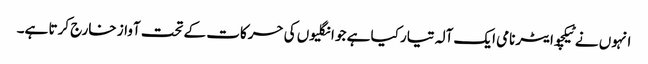
انہوں نے ٹیکچوایٹر نامی ایک آلہ تیار کیا ہے جو انگلیوں کی حرکات کے تحت آواز خارج کرتا ہے۔